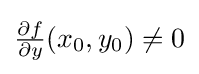
{\textstyle {\frac {\partial f}{\partial y}}(x_{0},y_{0})\neq 0}